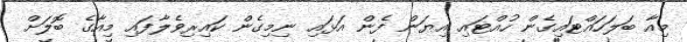
މިއާ ބަލަހައްޓައިގެން ހުއްޓައި އިޔަން ފެން އަޅައި ނިމިގެން ކައިރިވެލާފައި މިއާގެ ބޮލަށް